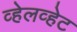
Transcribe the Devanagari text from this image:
व्हेलव्हेट